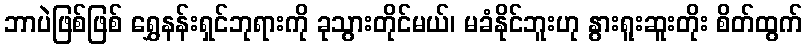
ဘာပဲဖြစ်ဖြစ် ရွှေနန်းရှင်ဘုရားကို ခုသွားတိုင်မယ်၊ မခံနိုင်ဘူးဟု နွားရူးဆူးတိုး စိတ်ထွက်